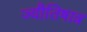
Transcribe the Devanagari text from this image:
ज्यौतिषात्र